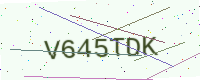
Text: V645TDK